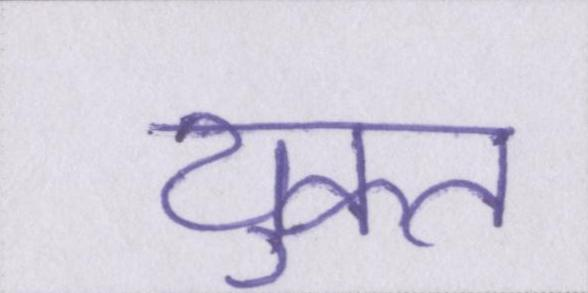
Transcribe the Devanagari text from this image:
युक्त